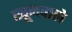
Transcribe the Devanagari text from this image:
खूनवाले